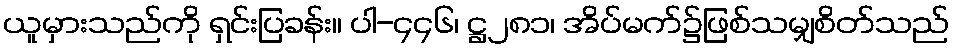
ယူမှားသည်ကို ရှင်းပြခန်း။ ပါ-၄၄၆၊ ဋ္ဌ၂၈၁၊ အိပ်မက်၌ဖြစ်သမျှစိတ်သည်